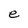
Character: e